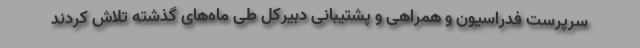
سرپرست فدراسیون و همراهی و پشتیبانی دبیرکل طی ماه‌های گذشته تلاش کردند